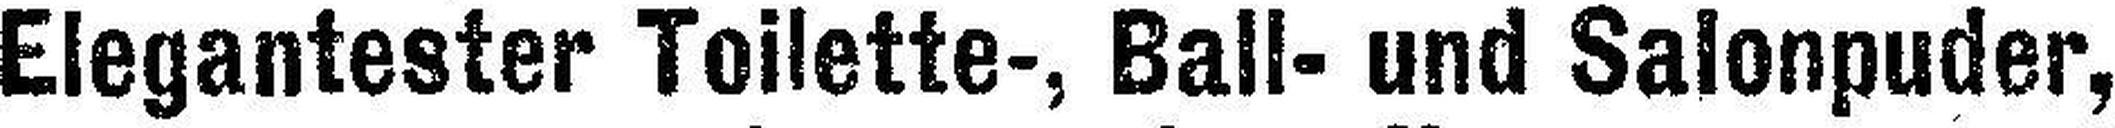
Elegantester Toilette-, Ball- und Salonpuder,